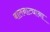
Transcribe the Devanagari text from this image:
बालनाट्याना